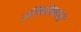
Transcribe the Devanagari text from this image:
इजिप्सीयनांची